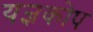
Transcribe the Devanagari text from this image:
यज्ञकोप